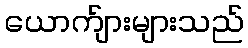
ယောက်ျားများသည်